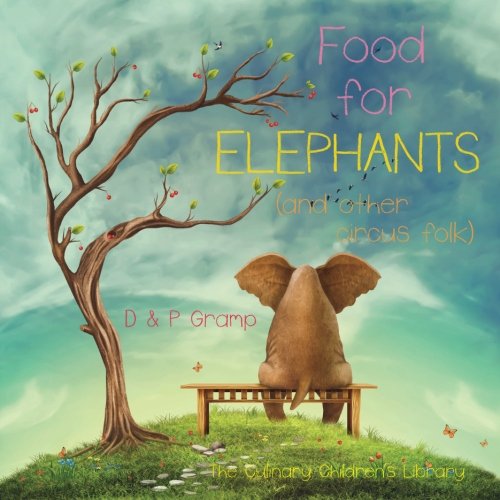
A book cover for Food for Elephants (The Culinary Childrens Library) (Volume 1); D & P Gramp; Cookbooks, Food & Wine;